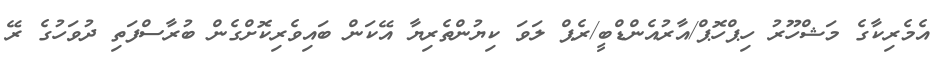
އެމެރިކާގެ މަޝްހޫރު ހިޕްހޮޕް/އާރުއެންޑްބީ/ރެޕް ލަވަ ކިޔުންތެރިޔާ އޭކަން ބައިވެރިކޮށްގެން ބުރާސްފަތި ދުވަހުގެ ރޭ